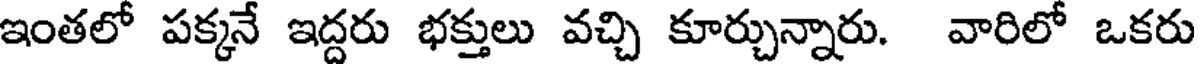
ఇంతలో పక్కనే ఇద్దరు భక్తులు వచ్చి కూర్చున్నారు. వారిలో ఒకరు